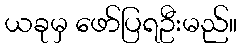
ယခုမှ ဖော်ပြရဦးမည်။